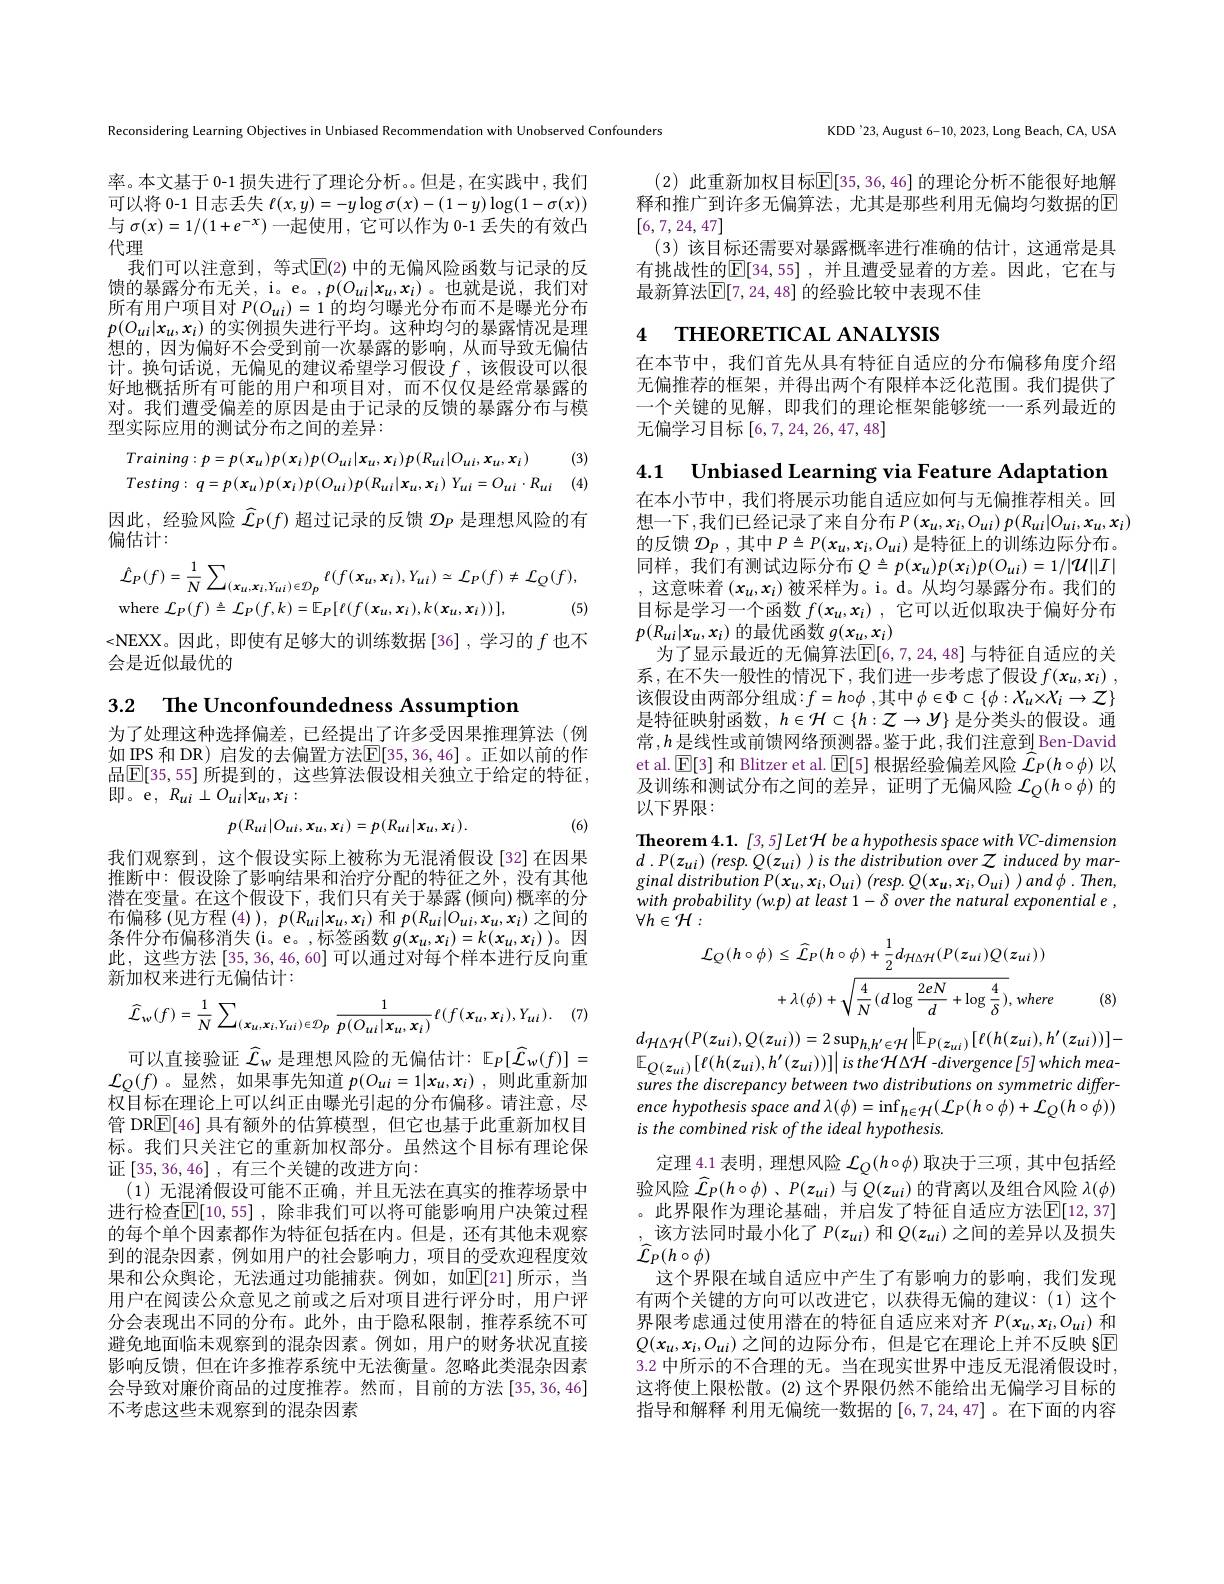
KDD'23, August 6-10, 2023, Long Beach, CA, USA

(2) 此重新加权目标$\overline\mathbb{E}[35,36,46]$ 的理论分析不能很好地解释和推广到许多无偏算法，尤其是那些利用无偏均匀数据的$\overline{\mathrm{E}}$ [6,7,24,47]
(3) 该目标还需要对暴露概率进行准确的估计，这通常是具有挑战性的$\overline {\mathbb{E} }[ 34, 55]$ , 并且遭受显着的方差。因此，它在与最新算法$\overline{\mathbb{E}}[7,24,48]$ 的经验比较中表现不佳

# 4 THEORETICAL ANALYSIS

在本节中，我们首先从具有特征自适应的分布偏移角度介绍无偏推荐的框架，并得出两个有限样本泛化范围。我们提供了一个关键的见解，即我们的理论框架能够统一一系列最近的无偏学习目标[6,7,24,26,47,48]

Reconsidering Learning Objectives in Unbiased Recommendation with Unobserved Confounders

率。本文基于 0-1 损失进行了理论分析。。但是，在实践中，我们可以将 0-1 日志丢失$\ell(x,y)=-y\log\sigma(x)-(1-y)\log(1-\sigma(x))$ 与$\sigma(x)=1/(1+e^{-x})$一起使用，它可以作为 0-1 丢失的有效凸代理
我们可以注意到，等式$\mathbb{E}(2)$ 中的无偏风险函数与记录的反馈的暴露分布无关，i。e。,$p(O_{ui}|x_u,x_i)$。也就是说，我们对所有用户项目对$P(O_{ui})=1$的均匀曝光分布而不是曝光分布$p(O_{ui}|x_u,x_i)$的实例损失进行平均。这种均匀的暴露情况是理想的，因为偏好不会受到前一次暴露的影响，从而导致无偏估计。换句话说，无偏见的建议希望学习假设$f$ ,该假设可以很好地概括所有可能的用户和项目对，而不仅仅是经常暴露的对。我们遭受偏差的原因是由于记录的反馈的暴露分布与模型实际应用的测试分布之间的差异：

(3)
$$Training:p=p(x_{u})p(x_{i})p(O_{ui}|x_{u},x_{i})p(R_{ui}|O_{ui},x_{u},x_{i})$$
$$Testing:\:q=p(x_{u})p(x_{i})p(O_{ui})p(R_{ui}|x_{u},x_{i})\:Y_{ui}=O_{ui}\cdot R_{ui}$$
(4)

因此，经验风险$\widehat{\mathcal{L}}_P(f)$超过记录的反馈$\mathcal{D}_P$是理想风险的有
偏估计：
$$\begin{aligned}&\hat{\mathcal{L}}_{P}(f)=\frac{1}{N}\sum_{(x_{u},x_{i},Y_{ui})\in\mathcal{D}_{p}}\ell(f(x_{u},x_{i}),Y_{ui})\simeq\mathcal{L}_{P}(f)\neq\mathcal{L}_{Q}(f),\\&\mathrm{where}\:\mathcal{L}_{P}(f)\triangleq\mathcal{L}_{P}(f,k)=\mathbb{E}_{P}[\ell(f(x_{u},x_{i}),k(x_{u},x_{i}))],&\text{(5)}\end{aligned}$$
<NEXX。因此，即使有足够大的训练数据[36],学习的$f$也不
会是近似最优的

3.2 The Unconfoundedness Assumption

为了处理这种选择偏差，已经提出了许多受因果推理算法(例如\_IPS 和 DR) 启发的去偏置方法$\mathbb{E}[35,36,46]$。正如以前的作品$\boxed{\mathbb{E}[35,55]}$ 所提到的，这些算法假设相关独立于给定的特征， 即。$\bar{\mathrm{e}},R_{ui}\perp O_{ui}|x_{u},x_{i}:$
$$p(R_{ui}|O_{ui},x_{u},x_{i})=p(R_{ui}|x_{u},x_{i}).$$
(6)

我们观察到，这个假设实际上被称为无混淆假设[32]在因果推断中：假设除了影响结果和治疗分配的特征之外，没有其他潜在变量。在这个假设下，我们只有关于暴露(倾向)概率的分布偏移(见方程(4)), $p(R_{ui}|x_{u},x_{i})$和$p(R_{ui}|O_{ui},x_{u},x_{i})$之间的条件分布偏移消失(i。e。,标签函数$g(x_u,x_i)=k(x_u,x_i)$因此，这些方法[35,36,46,60]可以通过对每个样本进行反向重新加权来进行无偏估计：

(7
$$\widehat{\mathcal{L}}_{w}(f)=\frac{1}{N}\sum_{(x_{u},x_{i},Y_{ui})\in\mathcal{D}_{p}}\frac{1}{p(O_{ui}|x_{u},x_{i})}\ell(f(x_{u},x_{i}),Y_{ui}).$$
可以直接验证$\widehat{\mathcal{L}}_w$是理想风险的无偏估计：$\mathbb{E}_P[\widehat{\mathcal{L}}_w(f)]=$ ${\mathcal{L}}_{Q}(f)$。显然，如果事先知道$p(O_ui=1|x_u,x_i)$,则此重新加权目标在理论上可以纠正由曝光引起的分布偏移。请注意，尽管 DR$\underline{\mathbb{E}}[46]$具有额外的估算模型，但它也基于此重新加权目标。我们只关注它的重新加权部分。虽然这个目标有理论保证[35,36,46] ,有三个关键的改进方向：
(1)无混淆假设可能不正确，并且无法在真实的推荐场景中进行检查$\overline{\mathbb{E}}[10,55]$ ,除非我们可以将可能影响用户决策过程的每个单个因素都作为特征包括在内。但是，还有其他未观察到的混杂因素，例如用户的社会影响力，项目的受欢迎程度效果和公众舆论，无法通过功能捕获。例如，如$\mathbb{E}[21]$ 所示，当用户在阅读公众意见之前或之后对项目进行评分时，用户评分会表现出不同的分布。此外，由于隐私限制，推荐系统不可避免地面临未观察到的混杂因素。例如，用户的财务状况直接影响反馈，但在许多推荐系统中无法衡量。忽略此类混杂因素会导致对廉价商品的过度推荐。然而，目前的方法 [35, 36, 46] 不考虑这些未观察到的混杂因素

4.1 Unbiased Learning via Feature Adaptation 在本小节中，我们将展示功能自适应如何与无偏推荐相关。回想一下，我们已经记录了来自分布$P(x_u,x_i,O_{ui})p(R_{ui}|O_{ui},x_u,x_i)$
的反馈$\mathcal{D}_P$ , 其中$P\triangleq P(x_u,x_i,O_{ui})$是特征上的训练边际分布。同样，我们有测试边际分布$Q\triangleq p(x_u)p(x_i)p(O_{ui})=1/|\mathcal{U}||I|$ ,这意味着$(x_u,x_i)$被采样为。i。d。从均匀暴露分布。我们的目标是学习一个函数$f( x_u, x_i)$ ,它可以近似取决于偏好分布$p(R_{ui}|x_u,x_i)$的最优函数$g(x_u,x_i)$
为了显示最近的无偏算法$\overline{\mathbb{E}}[6,7,24,48]$ 与特征自适应的关系，在不失一般性的情况下，我们进一步考虑了假设$f( x_u, x_i)$ , 该假设由两部分组成$:f=h\circ\phi$ ,其中$\phi\in\Phi\subset\{\phi:X_u\times X_i\to\mathcal{Z}\}$ 是特征映射函数，$h\in\mathcal{H}\subset\{h:\mathcal{Z}\to\mathcal{Y}\}$是分类头的假设。通常 $,h\underline{\text{是线性或前馈网络预测器。鉴于此}}$,我们注意到 Ben-David et al. $\operatorname{E}[3]$和 Blitzer et al. $\operatorname{E}[5]$根据经验偏差风险$\widehat{\mathcal{L}}_P(h\circ\phi)$以及训练和测试分布之间的差异，证明了无偏风险$\mathcal{L}_Q(h\circ\phi)$的以下界限：

Theorem 4.1. [3,5]Let H be a hypothesis space with VC-dimension $d$ $. P( z_{ui})$ $( resp. Q( z_{ui})$ ) $is$ the distribution over $Z$ induced $by$ $mar-$ ginal distribution $P( x_{u}, x_{i}, O_{ui})$ $( resp.$ $Q( x_{u}, x_{i}, O_{ui})$ ) and $\phi$ . $Then$, with probability (w.p) at least 1- δ over the natural exponential e, $\forall h\in\mathcal{H}:$
$$\begin{aligned}\mathcal{L}_{Q}(h\circ\phi)&\leq\widehat{\mathcal{L}}_{P}(h\circ\phi)+\frac{1}{2}d_{\mathcal{H}\Delta\mathcal{H}}(P(z_{ui})Q(z_{ui}))\\&+\lambda(\phi)+\sqrt{\frac{4}{N}(d\log\frac{2eN}{d}+\log\frac{4}{\delta})},\:where\end{aligned}$$
(8)

$d_{\mathcal{H}\Delta\mathcal{H}}(P(z_{ui}),Q(z_{ui}))=2\sup_{h,h^{\prime}\in\mathcal{H}}\left|\mathbb{E}_{P(z_{ui})}[\ell(h(z_{ui}),h^{\prime}(z_{ui}))\right]-$ $\mathbb{E}_{Q(z_{ui})}\left[\ell(h(z_{ui}),h^{\prime}(z_{ui}))\right]\left|is\:the\:\mathcal{H}\Delta\mathcal{H}\:-divergence\:[5]\:which\:mea-\:\right|$ sures the discrepancy between two distributions on symmetric difference hypothesis space and $\lambda(\phi)=\inf_{h\in\mathcal{H}}(\mathcal{L}_{P}(h\circ\phi)+\mathcal{L}_{Q}(h\circ\phi))$ is the combined risk of the ideal hypothesis.
定理 4.1 表明 , 理想风险$\mathcal{L}_Q(h\circ\phi)$取决于三项 , 其中包括经验风险$\widehat{\mathcal{L}}_P(h\circ\phi)$ 、$P(z_{ui})$与$Q(z_{ui})$的背离以及组合风险$\lambda(\phi)$ 。此界限作为理论基础，并启发了特征自适应方法$\mathbb{E}[12,37]$ ,该方法同时最小化了$P(z_{ui})$和$Q(z_{ui})$之间的差异以及损失$\widehat{\mathcal{L}}_{P}(h\circ\phi)$
这个界限在域自适应中产生了有影响力的影响，我们发现有两个关键的方向可以改进它，以获得无偏的建议：(1)这个界限考虑通过使用潜在的特征自适应来对齐$P(x_u,x_i,O_{ui})$和$Q(x_u,x_i,O_{ui})$之间的边际分布，但是它在理论上并不反映 §E 3.2 中所示的不合理的无。当在现实世界中违反无混淆假设时， 这将使上限松散。(2)这个界限仍然不能给出无偏学习目标的指导和解释 利用无偏统一数据的[6,7,24,47] 。在下面的内容